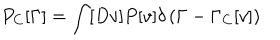
LaTeX: P _ { C } [ \Gamma ] = \int [ D v ] P [ v ] \delta \left( \Gamma - \Gamma _ { C } [ v ] \right)